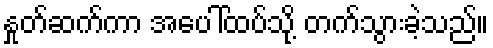
နှုတ်ဆက်ကာ အပေါ်ထပ်သို့ တက်သွားခဲ့သည်။